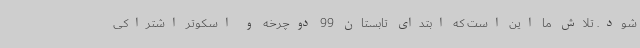
شود. تلاش ما این است که ابتدای تابستان 99 دوچرخه و اسکوتر اشتراکی